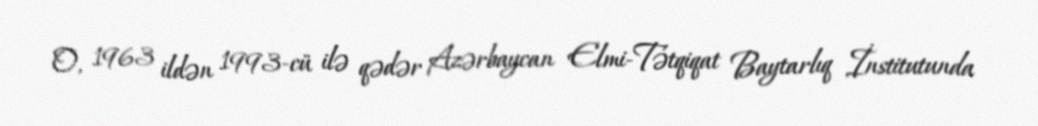
O, 1963 ildən 1993-cü ilə qədər Azərbaycan Elmi-Tətqiqat Baytarlıq İnstitutunda